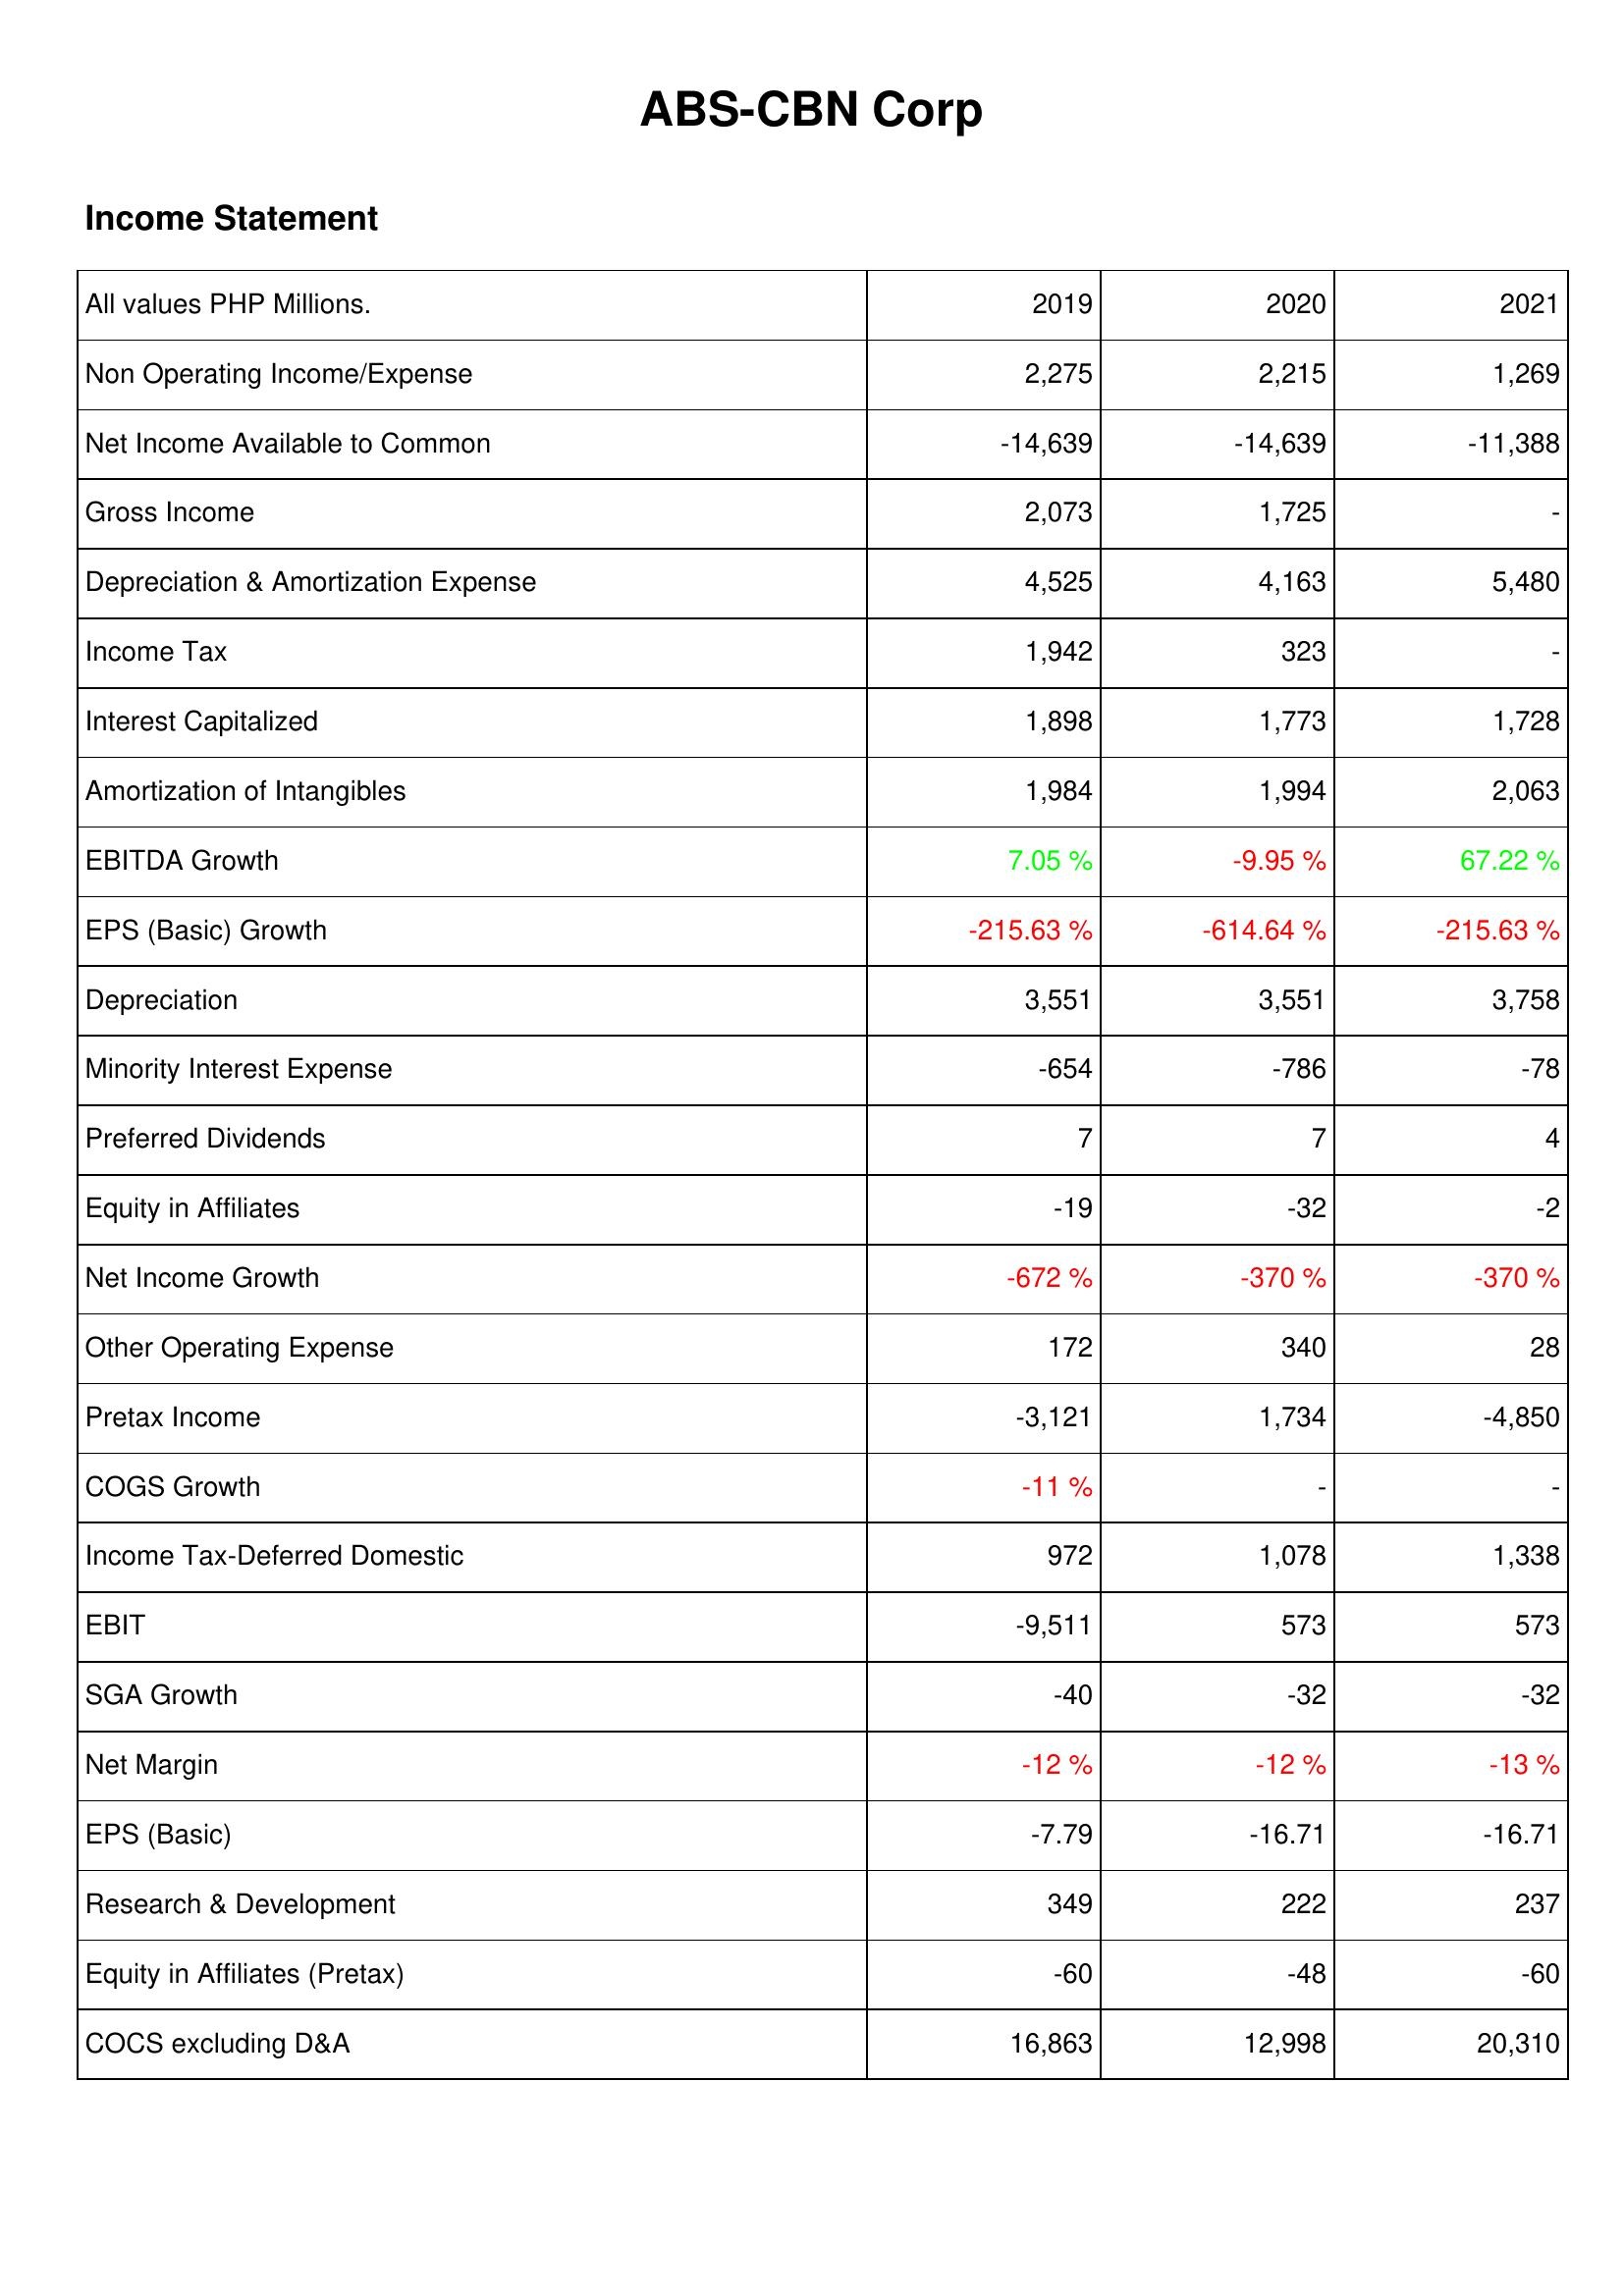
2019: Income Statement: Non Operating Income/Expense: 2,275
Net Income Available to Common: -14,639
Gross Income: 2,073
Depreciation & Amortization Expense: 4,525
Income Tax: 1,942
Interest Capitalized: 1,898
Amortization of Intangibles: 1,984
EBITDA Growth: 7.05 %
EPS (Basic) Growth: -215.63 %
Depreciation: 3,551
Minority Interest Expense: -654
Preferred Dividends: 7
Equity in Affiliates: -19
Net Income Growth: -672 %
Other Operating Expense: 172
Pretax Income: -3,121
COGS Growth: -11 %
Income Tax-Deferred Domestic: 972
EBIT: -9,511
SGA Growth: -40
Net Margin: -12 %
EPS (Basic): -7.79
Research & Development: 349
Equity in Affiliates (Pretax): -60
COCS excluding D&A: 16,863
2020: Income Statement: Non Operating Income/Expense: 2,215
Net Income Available to Common: -14,639
Gross Income: 1,725
Depreciation & Amortization Expense: 4,163
Income Tax: 323
Interest Capitalized: 1,773
Amortization of Intangibles: 1,994
EBITDA Growth: -9.95 %
EPS (Basic) Growth: -614.64 %
Depreciation: 3,551
Minority Interest Expense: -786
Preferred Dividends: 7
Equity in Affiliates: -32
Net Income Growth: -370 %
Other Operating Expense: 340
Pretax Income: 1,734
COGS Growth: -
Income Tax-Deferred Domestic: 1,078
EBIT: 573
SGA Growth: -32
Net Margin: -12 %
EPS (Basic): -16.71
Research & Development: 222
Equity in Affiliates (Pretax): -48
COCS excluding D&A: 12,998
2021: Income Statement: Non Operating Income/Expense: 1,269
Net Income Available to Common: -11,388
Gross Income: -
Depreciation & Amortization Expense: 5,480
Income Tax: -
Interest Capitalized: 1,728
Amortization of Intangibles: 2,063
EBITDA Growth: 67.22 %
EPS (Basic) Growth: -215.63 %
Depreciation: 3,758
Minority Interest Expense: -78
Preferred Dividends: 4
Equity in Affiliates: -2
Net Income Growth: -370 %
Other Operating Expense: 28
Pretax Income: -4,850
COGS Growth: -
Income Tax-Deferred Domestic: 1,338
EBIT: 573
SGA Growth: -32
Net Margin: -13 %
EPS (Basic): -16.71
Research & Development: 237
Equity in Affiliates (Pretax): -60
COCS excluding D&A: 20,310